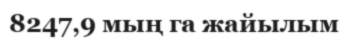
8247,9 мың га жайылым